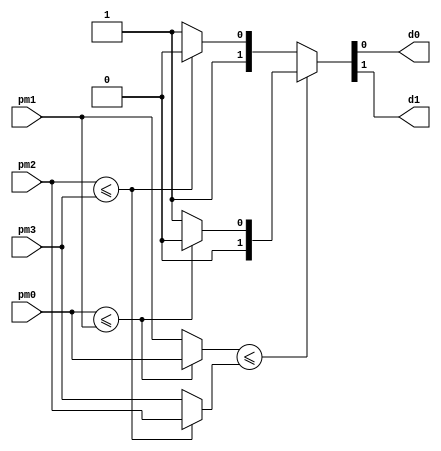
module selector_1 (pm0, pm1, pm2, pm3, d0, d1);
   output  	d0, d1;
   input [3:0] 	pm0, pm1, pm2, pm3;
   reg   	d0, d1;
   reg [1:0]	int0, int1;
   reg [3:0]	pm_int0, pm_int1;
   always @ (pm0 or pm1 or pm2 or pm3)
	 begin
		int0 = (pm0<=pm1)?2'd0:2'd1; 
		int1 = (pm2<=pm3)?2'd2:2'd3; 
		pm_int0 = (pm0<=pm1)?pm0:pm1; 
		pm_int1 = (pm2<=pm3)?pm2:pm3; 
		{d1,d0} = (pm_int0<=pm_int1)?int0:int1; 
	 end 
endmodule